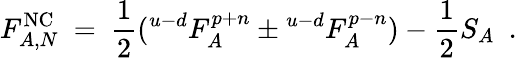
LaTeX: F_{A,N}^{\mathrm{NC}}\ =\ {\frac{1}{2}}({}^{u-d}F_{A}^{p+n}\pm{}^{u-d}F_{A}^{p-n})-{\frac{1}{2}}S_{A}~~.